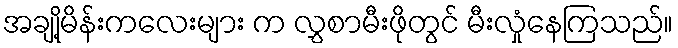
အချို့မိန်းကလေးများ က လွှစာမီးဖိုတွင် မီးလှုံနေကြသည်။